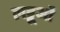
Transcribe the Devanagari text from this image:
लट्टूओं